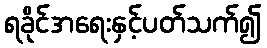
ရခိုင်အရေးနှင့်ပတ်သက်၍